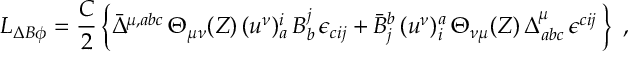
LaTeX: { \cal L } _ { \Delta B \phi } = \frac { { \cal C } } { 2 } \, \biggl \{ \bar { \Delta } ^ { \mu , a b c } \, \Theta _ { \mu \nu } ( Z ) \, ( u ^ { \nu } ) _ { a } ^ { i } \, B _ { b } ^ { j } \, \epsilon _ { c i j } + \bar { B } _ { j } ^ { b } \, ( u ^ { \nu } ) _ { i } ^ { a } \, \Theta _ { \nu \mu } ( Z ) \, { \Delta } _ { a b c } ^ { \mu } \, \epsilon ^ { c i j } \, \biggr \} \, \, \, ,